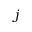
j